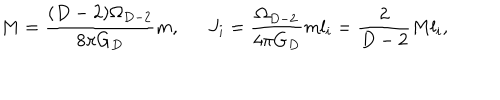
LaTeX: M = { \frac { ( D - 2 ) \Omega _ { D - 2 } } { 8 \pi G _ { D } } } m , \ \ J _ { i } = { \frac { \Omega _ { D - 2 } } { 4 \pi G _ { D } } } m l _ { i } = { \frac { 2 } { D - 2 } } M l _ { i } ,